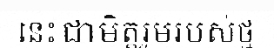
នេះជាមិត្តរួមរបស់ថ្ម